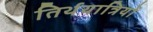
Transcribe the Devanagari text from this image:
तिर्थयात्रियों